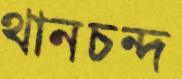
থানচন্দ